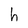
Character: h